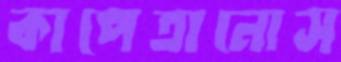
কাপেতানোস